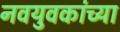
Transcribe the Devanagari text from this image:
नवयुवकांच्या